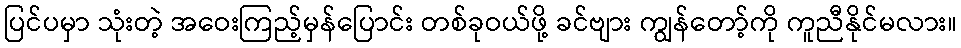
ပြင်ပမှာ သုံးတဲ့ အဝေးကြည့်မှန်ပြောင်း တစ်ခုဝယ်ဖို့ ခင်ဗျား ကျွန်တော့်ကို ကူညီနိုင်မလား။